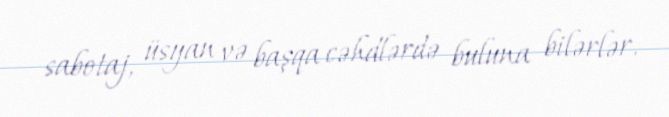
sabotaj, üsyan və başqa cəhdlərdə buluna bilərlər.